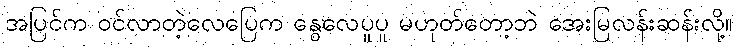
အပြင်က ဝင်လာတဲ့လေပြေက နွေလေပူပူ မဟုတ်တော့ဘဲ အေးမြလန်းဆန်းလို့။